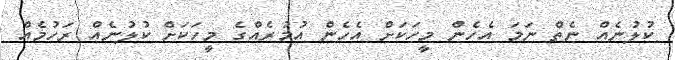
ކުލުނެއް ނެތް ނަމަ އެހެން މީހަކަށް އެހެން އުމުރެއްގެ މީހަކަށް ކުލުނެއް ރަހުމެއް